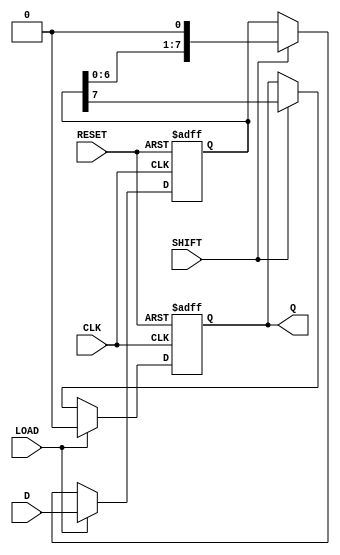
module PISO_Register (
    input wire [7:0] D,       // 8-bit parallel data input
    input wire LOAD,          // Control signal to load data
    input wire SHIFT,         // Control signal to shift data out
    input wire CLK,           // Clock signal
    input wire RESET,         // Asynchronous reset signal
    output reg Q              // Serial output
);

    reg [7:0] register;       // Internal register to hold the data

    always @(posedge CLK or posedge RESET) begin
        if (RESET) begin
            register <= 8'b00000000; // Clear the register on reset
            Q <= 1'b0;               // Clear the output on reset
        end else if (LOAD) begin
            register <= D;           // Load data in parallel
            Q <= 1'b0;               // Output remains unchanged
        end else if (SHIFT) begin
            Q <= register[7];        // Output the MSB
            register <= {register[6:0], 1'b0}; // Shift right and fill LSB with 0
        end
    end

endmodule